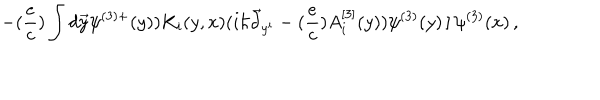
- ( { \frac { e } { c } } ) \int d \vec { y } \psi ^ { ( 3 ) + } ( y ) ) K _ { i } ( y , x ) ( i \hbar \vec { \partial } _ { y ^ { i } } - ( { \frac { e } { c } } ) A _ { i } ^ { [ 3 ] } ( y ) ) \psi ^ { ( 3 ) } ( y ) \left. \right] \psi ^ { ( 3 ) } ( x ) \, ,